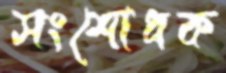
সংশোধক